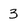
Character: 3